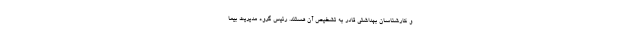
و کارشناسان بهداشتی قادر به تشخیص آن هستند. رئیس گروه مدیریت بیما